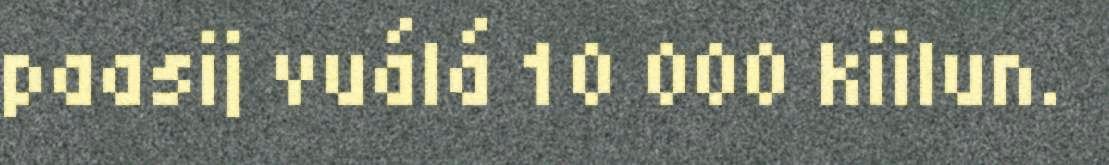
paasij vuálá 10 000 kiilun.